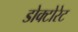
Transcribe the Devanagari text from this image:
डोक्टोरेट